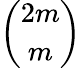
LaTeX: \binom{2m}{m}